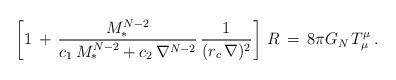
LaTeX: \begin{align*}\left[1 \,+ \,{M_*^{N-2} \over c_1\,M_*^{N-2} + c_2\,\nabla^{N-2}}\,{1 \over (r_c\,\nabla)^2} \right]\, R \,= \,8\pi G_N\, T_{\mu}^{\mu}\,.\end{align*}